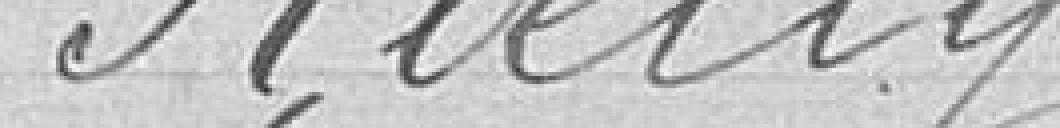
ROELLY